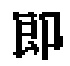
郎